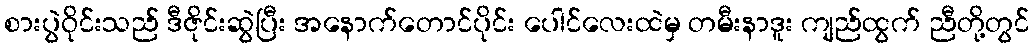
စားပွဲဝိုင်းသည် ဒီဇိုင်းဆွဲပြီး အနောက်တောင်ပိုင်း ပေါင်လေးထဲမှ တမီးနာဒူး ကျည်ထွက် ညီတို့တွင်